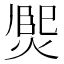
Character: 𤋅